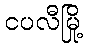
ငပလီမြို့